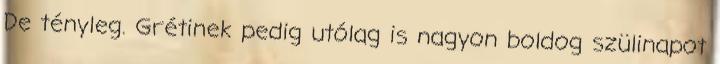
De tényleg. Grétinek pedig utólag is nagyon boldog szülinapot